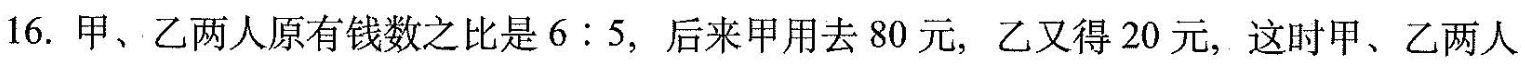
16.甲、乙两人原有钱数之比是6:5，后来甲用去80元，乙又得20元，这时甲、乙两人